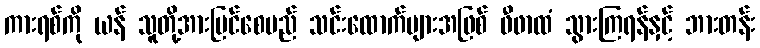
ကားရစ်ကို ယန် သူတို့အားမြင်စေမည် သင်းထောက်များအဖြစ် ဖီဖာထံ သွားကြရန်နှင့် ဘားတန်း